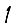
Digit: 1